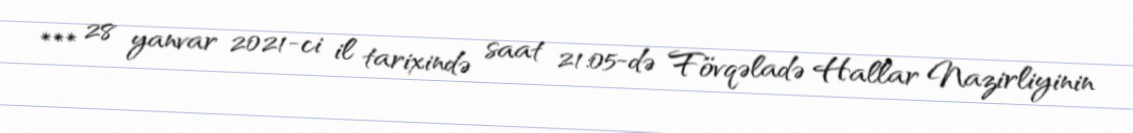
*** 28 yanvar 2021-ci il tarixində saat 21:05-də Fövqəladə Hallar Nazirliyinin